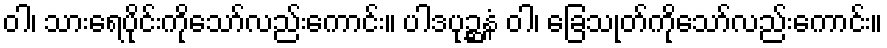
ဝါ၊ သားရေပိုင်းကိုသော်လည်းကောင်း။ ပါဒပုဉ္ဆနံ ဝါ၊ ခြေသုတ်ကိုသော်လည်းကောင်း။